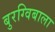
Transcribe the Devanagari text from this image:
बुरग्विबाला